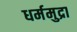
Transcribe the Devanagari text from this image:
धर्ममुद्रा